Calcutta medical institutions reports 1892-1900
Year: 1892
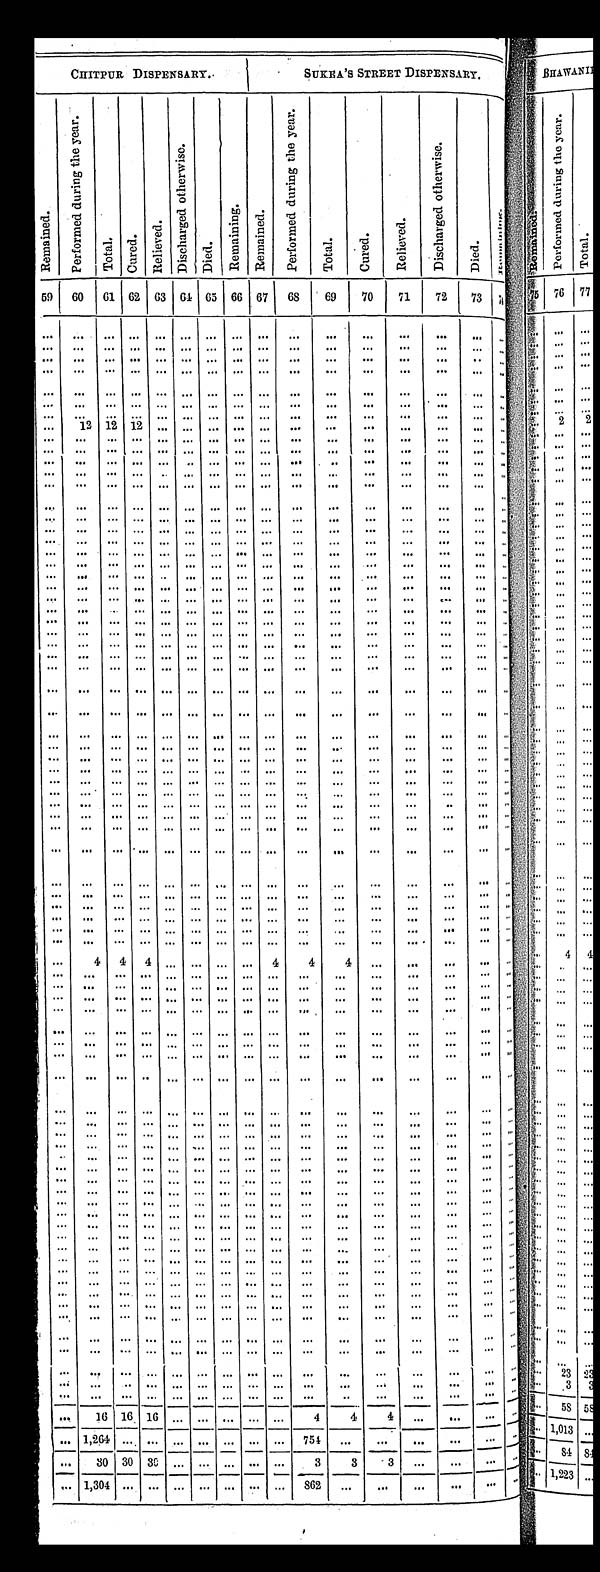
CHITPUR DISPENSARY.
SUKEA'S STREET DISPENSARY.
R e m a i n e d .
P e r f o r m e d d u r i n g t h e y e a r .
T o t a l . C u r e d . R e l i e v e d .
D i s c h a r g e d o t h e r w i s e .
D i e d . R e m a i n i n g . R e m a i n e d .
P e r f o r m e d d u r i n g t h e y e a r .
T o t a l .
C u r e d .
R e l i e v e d .
D i s c h a r g e d o t h e r w i s e .
Di e d.
R e m a i n i n g .
59
60
61 62 63 64 65 66 67
68
69
70
71
72
73
7 4
. . .
. . .
. . . . . . . . . . . .
. . . . . .
. . . . . .
. . .
. . .
. . .
. . .
. . .
. . .
. . .
. . .
. . . . . . . . .
. . . . . . . . .
. . .
. . .
. . .
. . .
. . .
. . .
. . .
. . .
. . .
. . . . . . . . . . . . . . . . . . . . . . . .
. . .
. . .
. . .
. . .
. . .
. . .
. . .
. . .
. . . . . . . . . . . . . . . . . . . . . . . . ... ... ...
...
. . . ...
. . .
. . .
. . .
. . . . . .
. . . . . .
. . . . . . . . .
. . .
. . .
. . .
. . .
. . .
. . .
. . .
. . .
. . .
. . . . . .
. . . . . .
. . . . . . . . . ... ... ...
... . . .
...
. . .
. . .
. . .
. . . . . . . . . . . .
. . . . . . . . .
. . .
. . .
. . .
. . .
. . .
. . . . . .
. . .
1 2
1 2 1 2 . . . . . .
. . . . . . . . . ... ... ...
...
. . . ...
. . .
. . .
. . .
. . . . . . . . . . . .
. . . . . . . . . ... ... ...
...
. . . ...
. . .
. . .
. . .
. . . . . . . . . . . .
. . . . . . . . . ...
......
. . .
. . . ...
. . .
. . .
. . .
. . . . . . . . . . . .
. . . . . . . . . ... ... ...
...
. . . ...
. . .
. . .
. . .
. . . . . . . . . . . .
. . . . . . . . . ... ... ...
...
. . . ... . . .
. . .
. . .
. . . . . . . . . . . .
. . . . . . . . .
. . .
. . .
. . .
. . .
. . .
. . .
. . .
. . .
. . .
. . . . . . . . . . . .
. . . . . . . . . ... ... ...
...
. . . ...
. . .
. . .
. . .
. . . . . . . . . . . .
. . . . . . . . . ... ... ...
...
. . . ...
. . .
. . .
. . .
. . . . . . . . . . . . . . . . . . . . .
. . .
. . .
. . .
. . .
. . .
. . .
. . .
. . .
. . . . . . . . . . . . . . . . . . . . . . . . ... ... ...
...
. . . ... . . .
. . .
. . . . . . . . . . . . . . . . . . . . . . . . ... ... ...
...
. . . ...
. . .
. . .
. . . . . . . . . . . . . . . . . . . . . . . . ... ... ...
...
. . . ...
. . .
. . .
. . . . . . . . . . . . . . . . . . . . . . . . ... ... ...
...
. . . ...
. . .
. . .
. . . . . . . . . . . . . . . . . . . . . . . . ... ... ...
...
. . . ...
. . .
. . .
. . . . . . . . . . . . . . . . . . . . . . . . ... ... ...
...
. . . ...
. . .
. . .
. . . . . . . . . . . . . . . . . . . . . . . . ... ... ...
...
. . . ...
. . .
. . .
. . . . . . . . . . . . . . . . . . . . . . . . ... ... ...
...
. . . ...
. . .
. . .
. . . . . . . . . . . . . . . . . . . . . . . . ... ... ...
...
. . . ...
. . .
. . .
. . . . . . . . . . . . . . . . . . . . . . . . ... ... ...
...
. . . ...
. . .
. . .
. . . . . . . . . . . . . . . . . . . . . . . . ... ... ...
...
. . . ...
. . .
. . .
. . . . . . . . . . . . . . . . . . . . . . . . ... ... ...
...
. . . ...
. . .
. . .
. . . . . . . . . . . . . . . . . . . . . . . . ... ... ...
...
. . . ...
. . .
. . . . . .
. . . . . . . . . . . . . . . . . . . . .
. . .
. . . . . .
. . .
. . .
. . .
. . .
. . .
. . .
. . . . . . . . . . . . . . . . . . . . .
... ......
...
. . . ...
. . .
. . .
. . .
. . . . . . . . . . . . . . . . . . . . .
... ......
...
. . . ...
. . .
. . .
. . . . . . . . . . . . . . . . . . . . . . . .
. . .
. . .
...
...
. . . . . . . . .
. . . . . .
. . . . . . . . . . . . . . . . . . . . .
. . .
. . . . . .
. . .
. . .
. . .
. . .
. . . . . .
. . . . . . . . . . . . . . . . . . . . .
. . .
. . . . . .
. . .
. . .
. . . . . .
. . . . . .
. . . . . . . . . . . . . . . . . . . . .
. . .
. . . . . .
. . .
. . .
. . .
. . .
. . . . . .
. . . . . . . . . . . . . . . . . . . . .
... ......
...
. . . ...
. . .
. . . . . .
. . . . . . . . . . . . . . . . . . . . .
. . .
. . . . . .
. . .
. . . ...
. . .
. . .
. . . . . . . . . . . . . . . . . . . . . . . .
... ......
...
. . . ...
. . .
. . .
. . . . . . . . . . . . . . . . . . . . . . . .
... ......
...
. . . . . .
. . .
. . .
. . . . . . . . . . . . . . . . . . . . . . . .
... ......
...
. . . ...
. . .
. . .
. . .
. . . . . . . . . . . . . . . . . . . . .
. . .
. . . . . .
. . . . . . ... . . .
. . .
. . . . . . . . . . . . . . . . . . . . . . . .
. . .
. . . . . .
. . . . . .
. . . . . .
. . .
. . .
. . . . . . . . . . . . . . . . . . . . .
. . .
. . . . . .
. . . . . .
. . . . . .
. . .
. . . . . . . . . . . . . . . . . . . . . . . .
... ......
...
. . .
. . . . . .
. . .
. . . . . . . . . . . . . . . . . . . . . . . .
... ......
...
. . .
. . . . . .
. . .
. . .
. . . . . . . . . . . . . . . . . . . . .
. . .
. . . . . .
. . . . . .
. . . . . .
. . .
4 4 4 . . . . . . . . . . . . 4
4 4
...
...
. . .
. . . . . .
. . .
. . . . . . . . . . . . . . . . . . . . . . . .
. . .
. . . . . .
. . . . . .
. . . . . .
. . .
. . . . . . . . . . . . . . . . . . . . . . . .
... ......
...
. . .
. . . . . .
. . .
. . . . . . . . . . . . . . . . . . . . . . . .
. . .
. . .
...
...
. . .
. . . . . .
. . .
. . . . . . . . . . . . . . . . . . . . . . . .
... ......
...
. . .
. . . . . .
. . .
. . . . . . . . . . . . . . . . . . . . . . . .
... ......
...
. . .
. . . . . .
. . .
. . . . . . . . . . . . . . . . . . . . . . . .
. . .
. . . . . .
. . . . . .
. . . . . .
. . .
. . . . . . . . . . . . . . . . . . . . . . . .
... ......
...
. . .
. . . . . .
. . .
. . . . . . . . . . . . . . . . . . . . . . . .
... ......
...
. . .
. . . . . .
. . .
. . . . . . . . . . . . . . . . . . . . . . . .
... ......
...
. . .
. . . . . .
. . .
. . . . . . . . . . . . . . . . . . . . . . . .
... ......
...
. . .
. . . . . .
. . .
. . . . . . . . . . . . . . . . . . . . . . . .
... ......
...
. . .
. . . . . .
. . .
. . . . . . . . . . . . . . . . . . . . . . . . .
. . .
. . . . . .
. . . . . .
. . . . . .
. . .
. . . . . . . . . . . . . . . . . . . . . . . .
. . .
. . . . . .
. . . . . .
. . . . . .
. . . . . . . . . . . . . . . . . . . . . . . . . . .
. . .
. . . . . .
. . . . . .
. . . . . .
. . .
. . . . . . . . . . . . . . . . . . . . . . . .
. . .
. . . . . .
. . . . . .
. . . . . .
. . .
. . . . . . . . . . . . . . . . . . . . . . . .
. . .
. . . . . .
. . . . . .
. . . . . .
. . .
. . . . . . . . . . . . . . . . . . . . . . . .
. . .
. . . . . .
. . . . . .
. . . . . .
. . .
. . . . . . . . . . . . . . . . . . . . . . . .
. . .
. . . . . .
. . . . . .
. . . . . .
. . .
. . . . . . . . . . . . . . . . . . . . . . . .
. . .
. . . . . .
. . . . . .
. . . . . .
. . .
. . . . . . . . . . . . . . . . . . . . . . . .
. . .
. . . . . .
. . . . . .
. . . . . .
. . .
. . . . . . . . . . . . . . . . . . . . . . . .
. . .
. . . . . .
. . . . . .
. . . . . .
. . .
. . . . . . . . . . . . . . . . . . . . . . . .
... ......
...
. . .
. . . . . .
. . . . . . . . . . . . . . . . . . . . . . . . . . .
. . .
. . . . . .
. . . . . .
. . . . . .
. . .
. . . . . . . . . . . . . . . . . . . . . . . .
. . .
. . . . . .
. . . . . .
. . . . . .
. . .
. . . . . . . . . . . . . . . . . . . . . . . .
. . .
. . . . . .
. . . . . .
. . . . . .
. . .
. . . . . . . . . . . . . . . . . . . . . . . .
. . .
. . . . . .
. . . . . .
. . . . . .
. . .
. . . . . . . . . . . . . . . . . . . . . . . .
. . .
. . . . . .
. . . . . .
. . . . . .
. . .
. . . . . . . . . . . . . . . . . . . . . . . .
. . .
. . . . . .
. . . . . .
. . . . . .
. . .
. . . . . . . . . . . . . . . . . . . . . . . .
. . .
. . . . . .
. . . . . .
. . . . . .
. . .
. . . . . . . . . . . . . . . . . . . . . . . .
... ......
...
. . . . . . . . .
. . .
. . . . . . . . .
. . . . . . . . . . . . . . .
. . .
. . .
...
...
. . . . . . . . .
. . .
. . . . . . . . . . . . . . . . . . . . . . . .
. . . ......
...
. . . ... . . .
. . . 16 16 16 . . . . . . . . . . . . . . .
4
4
4 ...
. . . ...
. . .
. . .
1 , 2 6 4
. . . . . . . . . . . . . . . . . . . . .
754 ...
... ...
. . . .... . . .
. . . 30 30 30 . . . . . . . . . . . . . . .
3 3 3
...
. . . ...
. . .
. . . 1,304 . . . . . . . . . . . . . . . . . . . . . 862
...
. . .
. . . . . .
. . . . . .